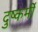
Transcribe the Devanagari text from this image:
दुष्कर्मी